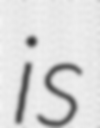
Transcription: is